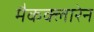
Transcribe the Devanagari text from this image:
मैकक्लारेन